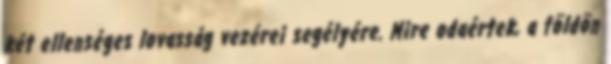
két ellenséges lovasság vezérei segélyére. Mire odaértek, a földön